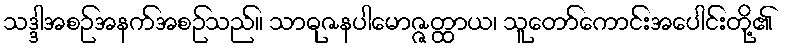
သဒ္ဒါအစဉ်အနက်အစဉ်သည်။ သာဓုဇနပါမောဇ္ဇတ္ထာယ၊ သူတော်ကောင်းအပေါင်းတို့၏